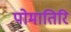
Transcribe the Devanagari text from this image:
पोमातिरि